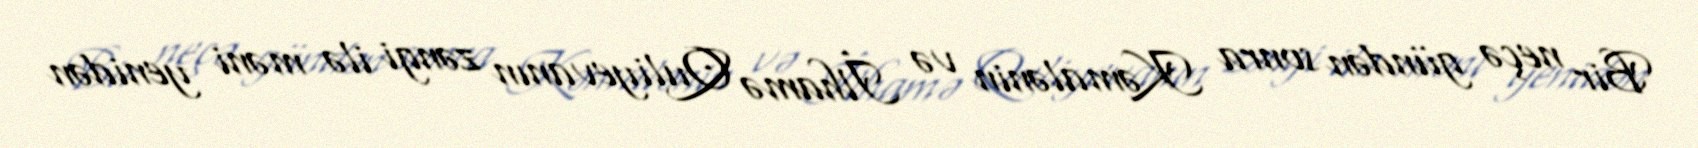
Bir neçə gündən sonra Kəmalənin və İlhamə Quliyevanın zəngi ilə məni yenidən